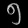
Digit: ၅